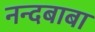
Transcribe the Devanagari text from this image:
नन्दबाबा